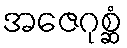
အဇေဂုစ္ဆံ